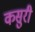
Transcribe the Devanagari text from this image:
कसुरी